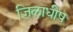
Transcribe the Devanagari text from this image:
जिलाधीष